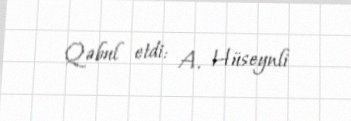
Qəbul etdi: A. Hüseynli